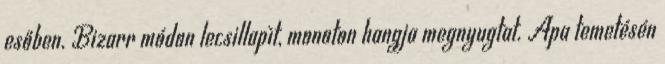
esőben. Bizarr módon lecsillapìt, monoton hangja megnyugtat. Apa temetésén